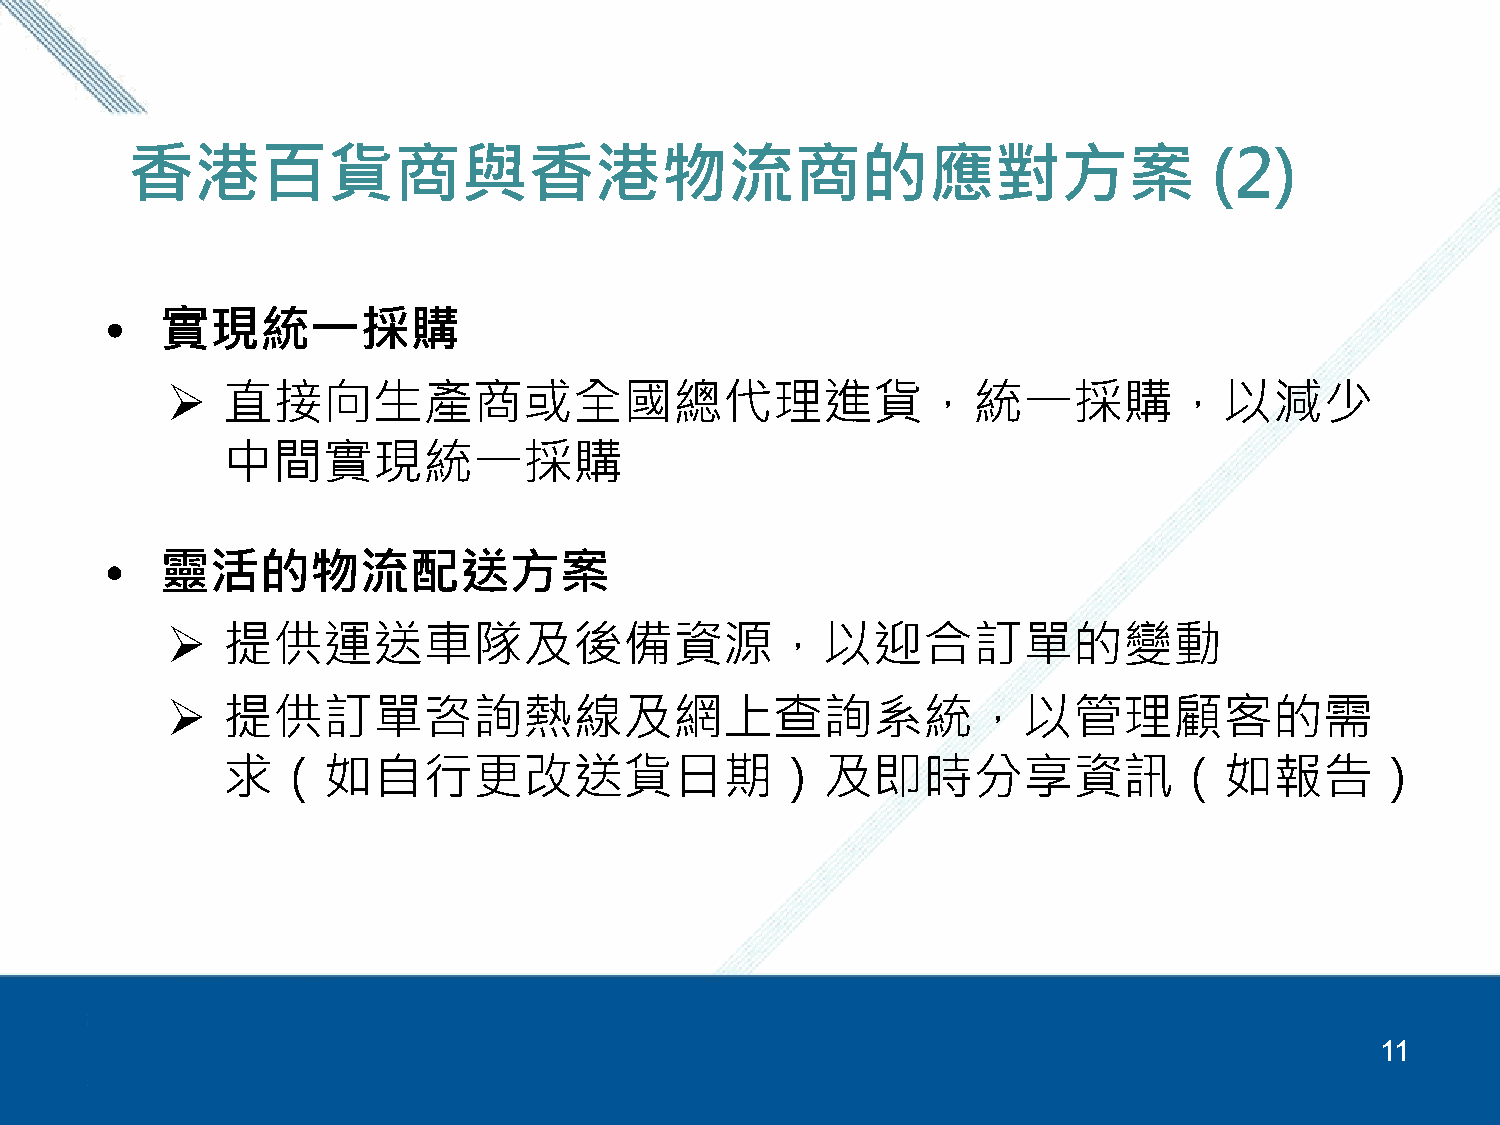
香港百貨商與香港物流商的應對方案                                                        (2)
 •   實現統一採購
    直接向生產商或全國總代理進貨，統一採購，以減少
 中間實現統一採購
 •   靈活的物流配送方案
    提供運送車隊及後備資源，以迎合訂單的變動
    提供訂單咨詢熱線及網上查詢系統，以管理顧客的需
 求（如自行更改送貨日期）及即時分享資訊（如報告）
 11